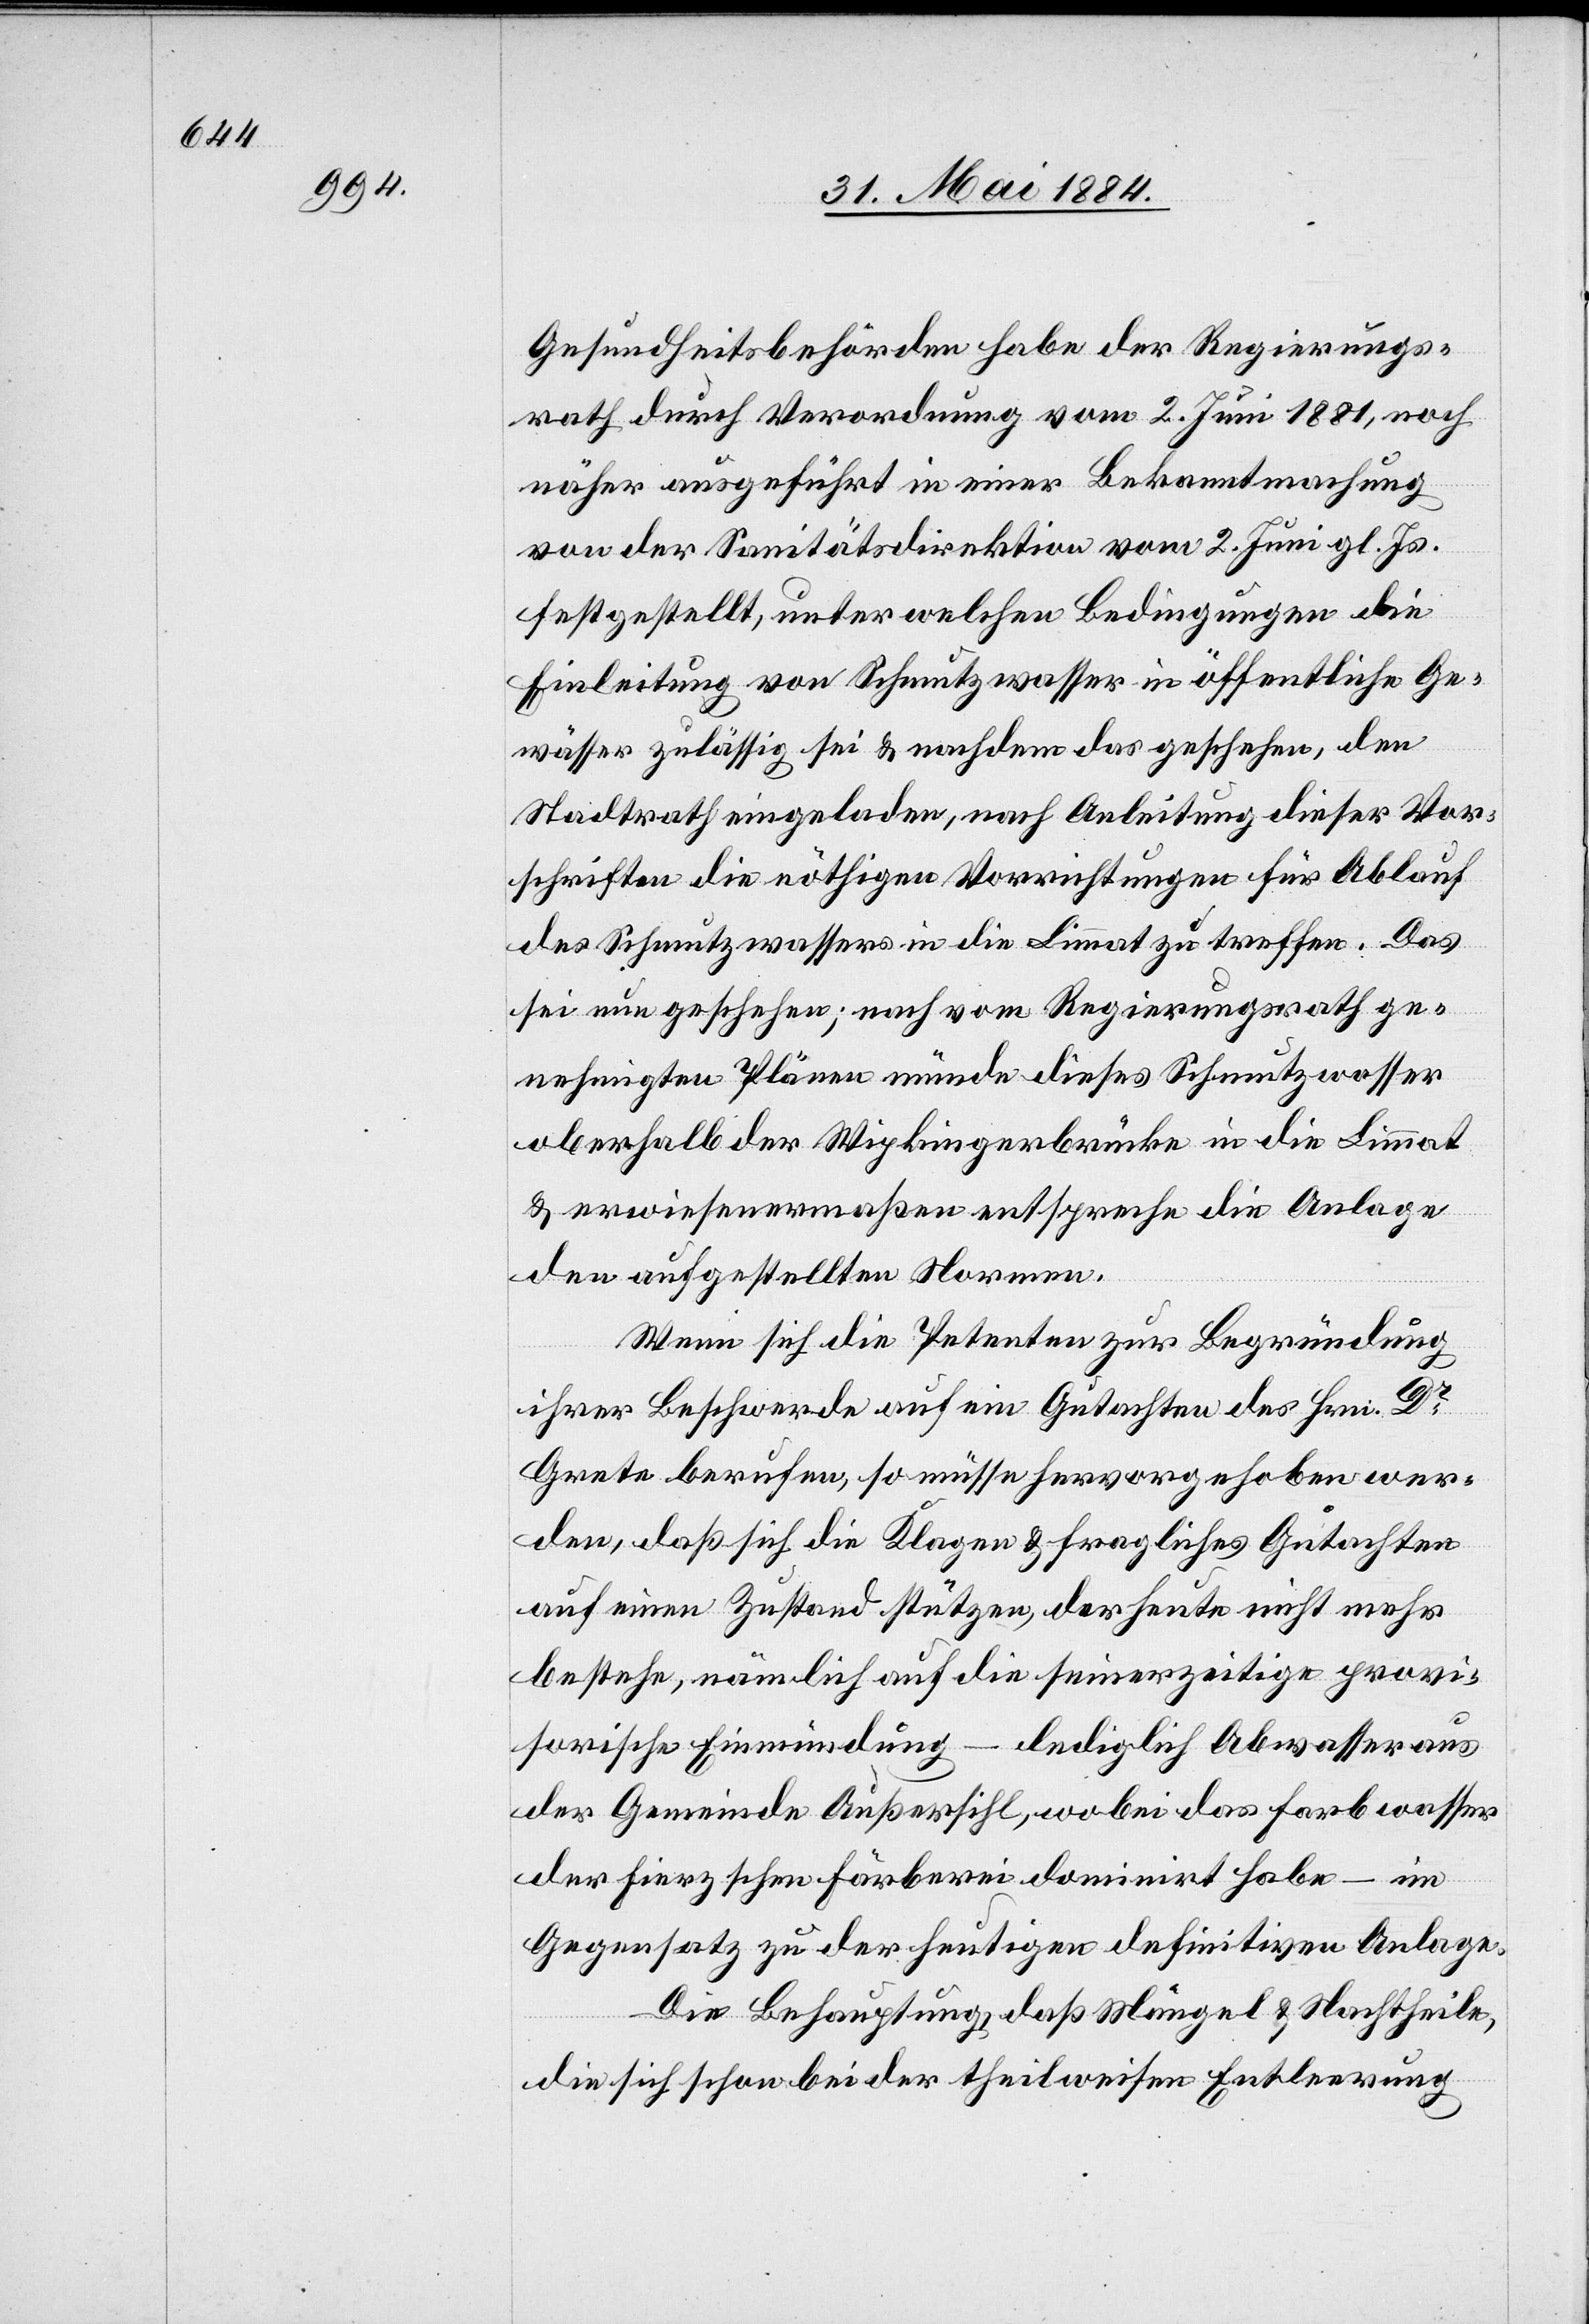
Gesundheitsbehörden habe der Regierungs¬
rath durch Verordnung vom 2. Juni 1881, noch
näher ausgeführt in einer Bekanntmachung
von der Sanitätsdirektion vom 2. Juni gl. Js.
festgestellt, unter welchen Bedingung die
Einleitung von Schmutzwasser in öffentliche Ge¬
wässer zulässig sei & nachdem das geschehen, den
Stadtrath eingeladen, nach Anleitung dieser Vor¬
schriften die nöthigen Vorrichtungen für Ablauf
des Schmutzwassers in die Limmat zu treffen. Da
sei nun geschehen; nach vom Regierungsrath ge¬
nehmigten Plänen münde dieses Schmutzwasser
oberhalb der Wipkingerbrücke in die Limmat
& erwiesenermaßen entspreche die Anlage
den aufgestellten Normen.
Wenn sich die Petenten zur Begründung
ihrer Beschwerde auf ein Gutachten des Hrn. Dr.
Grete berufen, so müsse hervorgehoben wer¬
den, daß sich die Klagen & fragliches Gutachten
auf einen Zustand stützen, der heute nicht mehr
bestehe, nämlich auf die seinerzeitige provi¬
sorische Einmündung – lediglich Abwasser aus
der Gemeinde Außersihl, wobei das Farbwasser
der Fierzschen Färberei dominirt habe – im
Gegensatz zu der heutigen definitiven Anlage.
Die Behauptung, daß Mängel & Nachtheile,
die sich schon bei der theilweisen Entleerung